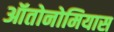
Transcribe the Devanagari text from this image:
ऑतोनोमियास